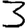
Digit: 3